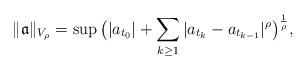
LaTeX: \begin{align*}\|\mathfrak{a}\|_{V_\rho}=\sup\big(|a_{t_0}|+\sum_{k\geq1}|a_{t_k}-a_{t_{k-1}}|^\rho\big)^{\frac{1}{\rho}},\end{align*}